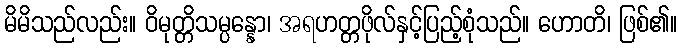
မိမိသည်လည်း။ ဝိမုတ္တိသမ္ပန္နော၊ အရဟတ္တဖိုလ်နှင့်ပြည့်စုံသည်။ ဟောတိ၊ ဖြစ်၏။